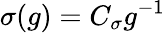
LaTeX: \sigma(g)=C_{\sigma}g^{-1}